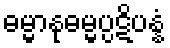
ဓမ္မာနုဓမ္မပ္ပဋိပန္နံ